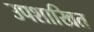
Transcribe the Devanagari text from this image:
उपशाखित